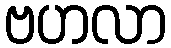
ဗဟလာ